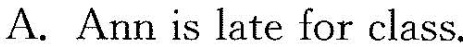
A.Ann is late for class.